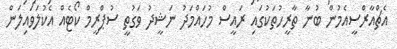
އެޗްއާރްސީއެމުން ބުނާ ތާރީހުތަކުގައި ރައީސް މުހައްމަދު ނަޝީދު ވަގުތީ ސުޕްރީމް ކޯޓެއް އެކުލަވައިލަން